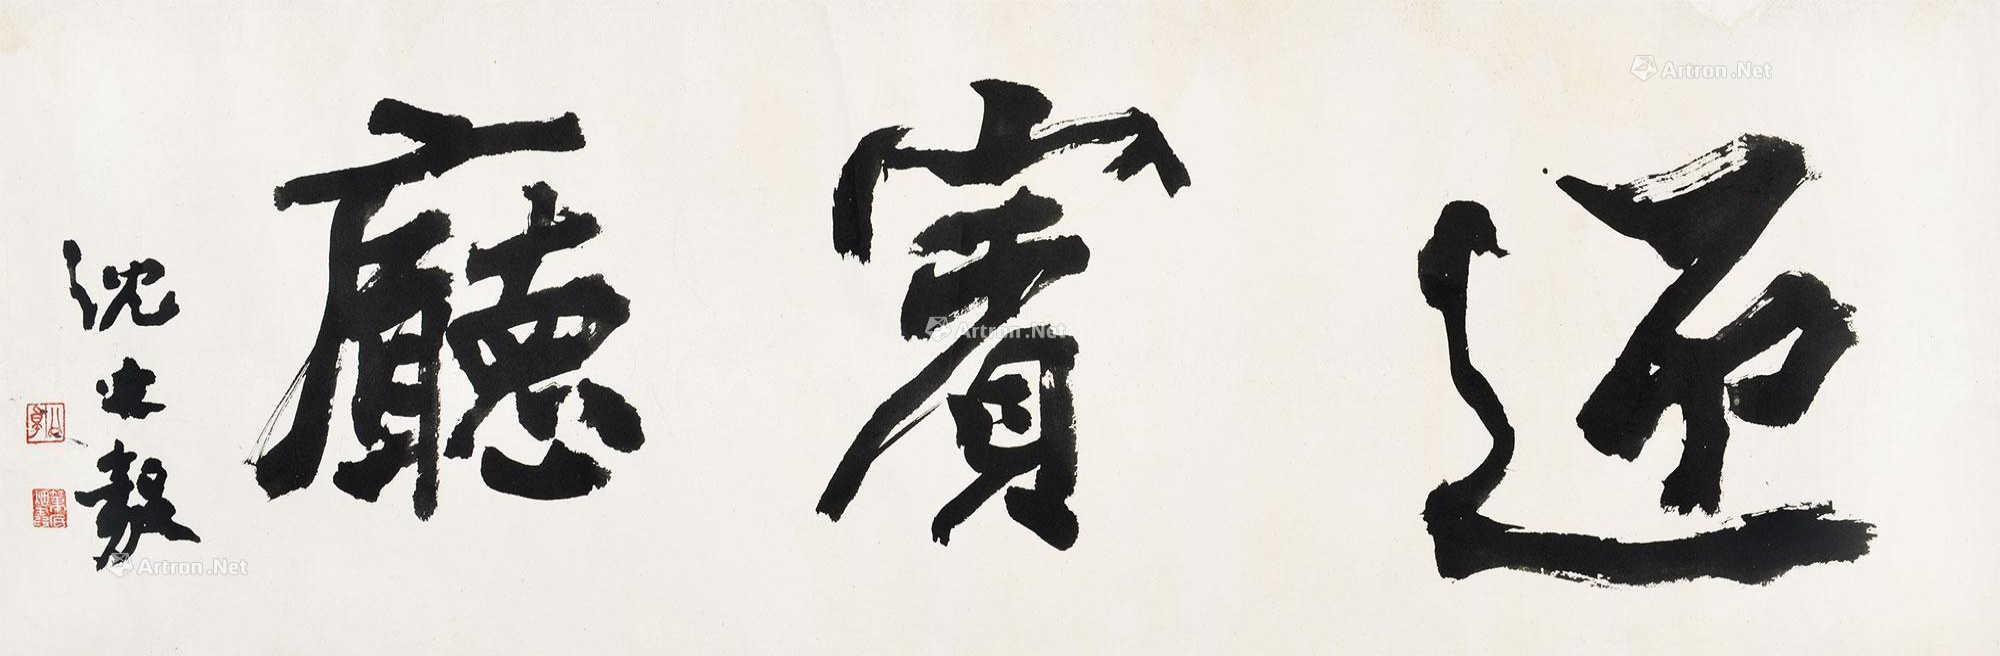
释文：迎宾厅。沈延毅。